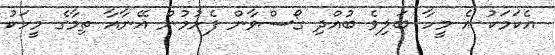
އެކަމަކު އެ މީހާ ބަލިވެ ބުއްދި ގޯސްވާން ފެށުމުން އޭނާއާ ތިމާގެ މީހަކު